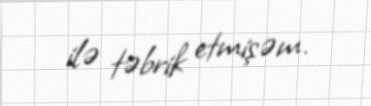
ilə təbrik etmişəm.